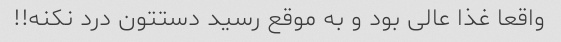
واقعا غذا عالی بود و به موقع رسید دستتون درد نکنه!!